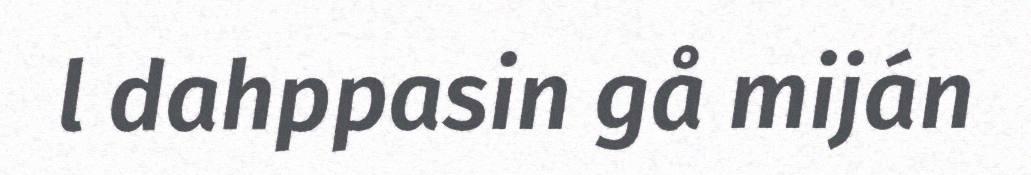
l dahppasin gå miján